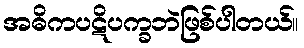
အဓိကပဋိပက္ခဘဲဖြစ်ပါတယ်။